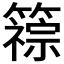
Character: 𫂦